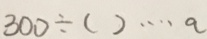
3 0 0 \div ( ) \cdots a